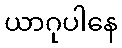
ယာဂုပါနေ